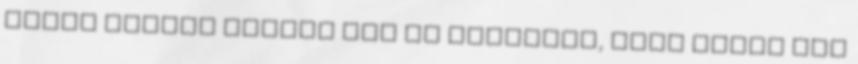
olyan munkát kapott meg az államtól, amit eddig más